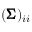
( { \pmb { \Sigma } } ) _ { i i }